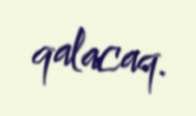
qalacaq.